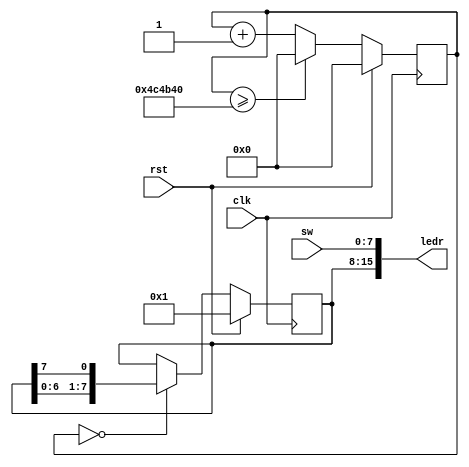
module led(
  input clk,
  input rst,
  input [7:0] sw,
  output [15:0] ledr
);
  reg [31:0] count;
  reg [7:0] led;
  always @(posedge clk) begin
    if (rst) begin led <= 1; count <= 0; end
    else begin
      if (count == 0) led <= {led[6:0], led[7]};
      count <= (count >= 5000000 ? 32'b0 : count + 1);
    end
  end

  assign ledr = {led, sw};
endmodule